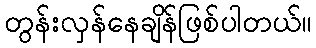
တွန်းလှန်နေချိန်ဖြစ်ပါတယ်။